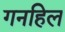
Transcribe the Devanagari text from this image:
गनहिल